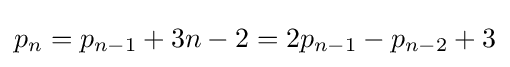
p_{n}=p_{n-1}+3n-2=2p_{n-1}-p_{n-2}+3